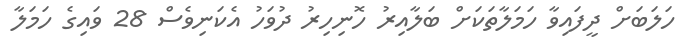
ހަލަބަށް ދީފައިވާ ހަމަލާތަކަށް ބަލާއިރު ހޮނިހިރު ދުވަހު އެކަނިވެސް 28 ވައިގެ ހަމަލާ